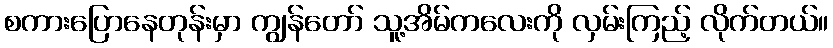
စကားပြောနေတုန်းမှာ ကျွန်တော် သူ့အိမ်ကလေးကို လှမ်းကြည့် လိုက်တယ်။